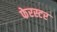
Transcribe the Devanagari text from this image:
फेरस्टर